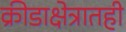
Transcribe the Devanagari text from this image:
क्रीडाक्षेत्रातही